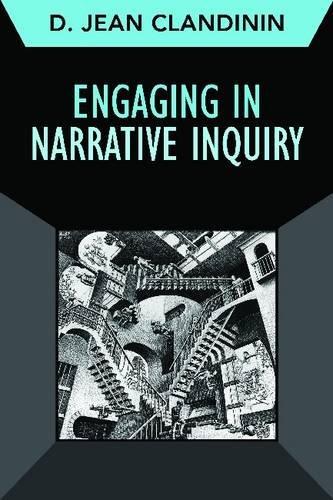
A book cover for Engaging in Narrative Inquiry (Developing Qualitative Inquiry); D. Jean Clandinin; Politics & Social Sciences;